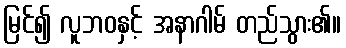
မြင်၍ လူဘဝနှင့် အနာဂါမ် တည်သွား၏။